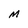
Character: M